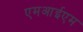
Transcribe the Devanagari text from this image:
एमआईएम